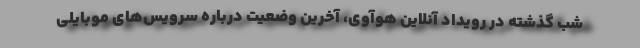
شب گذشته در رویداد آنلاین هوآوی، آخرین وضعیت درباره سرویس‌های موبایلی